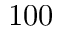
1 0 0